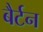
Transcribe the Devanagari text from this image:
बैर्टन